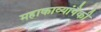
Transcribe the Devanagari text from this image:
महाकाव्यांपैकी